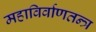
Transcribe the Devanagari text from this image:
महाविर्वाणतन्त्र